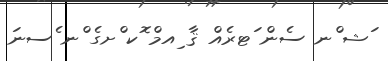
ަޝ ްނ ސެން ަޓރެއް ޤާ ިއމް ޮކ ްށގެ ްނ ެސނަ